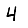
Digit: 4